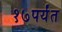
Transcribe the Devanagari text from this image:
१७पर्यंत